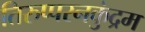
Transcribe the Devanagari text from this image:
तिरुप्परनकुंद्रम